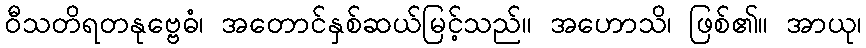
ဝီသတိရတနုဗ္ဗေဓံ၊ အတောင်နှစ်ဆယ်မြင့်သည်။ အဟောသိ၊ ဖြစ်၏။ အာယု၊